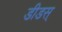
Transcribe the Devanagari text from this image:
डीडस्